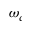
\omega _ { c }